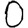
Digit: 0